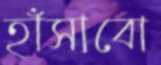
হাঁসাবো